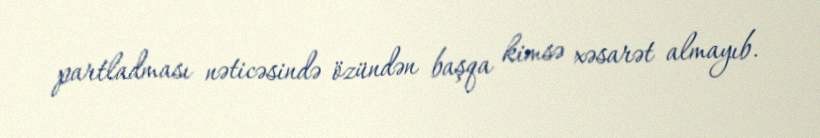
partladması nəticəsində özündən başqa kimsə xəsarət almayıb.